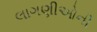
લાગણીઓની